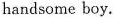
handsome boy.